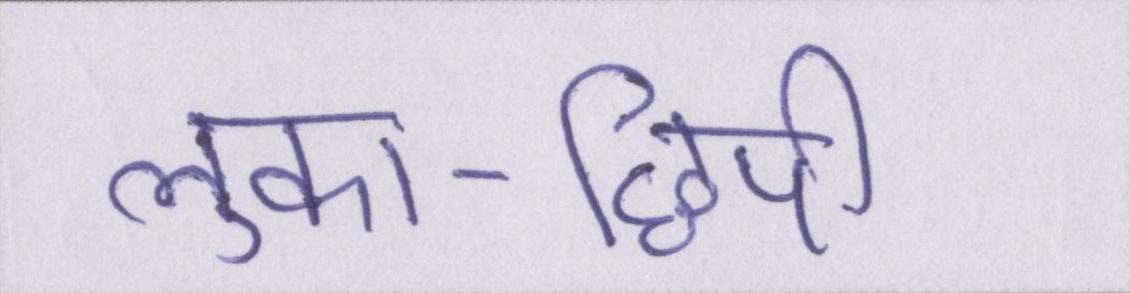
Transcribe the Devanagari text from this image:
लुका-छिपी